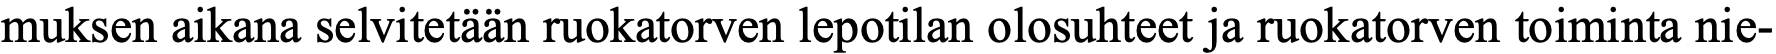
muksen aikana selvitetään ruokatorven lepotilan olosuhteet ja ruokatorven toiminta nie-